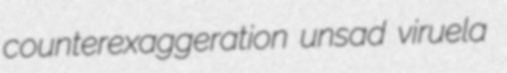
counterexaggeration unsad viruela